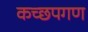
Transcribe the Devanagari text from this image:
कच्छपगण